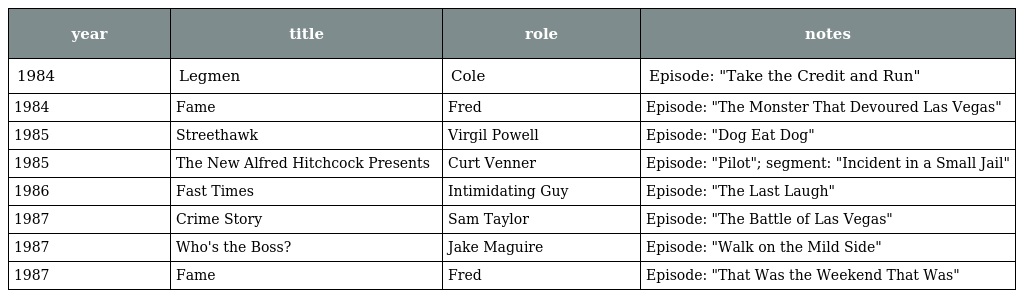
| year | title | role | notes |
 | --- | --- | --- | --- |
 | 1984 | Legmen | Cole | Episode: "Take the Credit and Run" |
 | 1984 | Fame | Fred | Episode: "The Monster That Devoured Las Vegas" |
 | 1985 | Streethawk | Virgil Powell | Episode: "Dog Eat Dog" |
 | 1985 | The New Alfred Hitchcock Presents | Curt Venner | Episode: "Pilot"; segment: "Incident in a Small Jail" |
 | 1986 | Fast Times | Intimidating Guy | Episode: "The Last Laugh" |
 | 1987 | Crime Story | Sam Taylor | Episode: "The Battle of Las Vegas" |
 | 1987 | Who's the Boss? | Jake Maguire | Episode: "Walk on the Mild Side" |
 | 1987 | Fame | Fred | Episode: "That Was the Weekend That Was" |